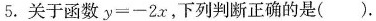
5.关于函数 $$y = - 2 x$$ ，下列判断正确的是( ).